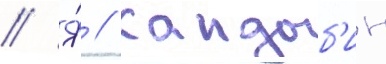
// Я́ // Кандыб'ин